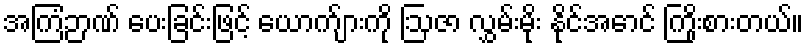
အကြံဉာဏ် ပေးခြင်းဖြင့် ယောက်ျားကို ဩဇာ လွှမ်းမိုး နိုင်အောင် ကြိုးစားတယ်။